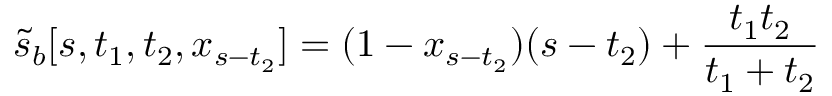
\tilde { s } _ { b } [ s , t _ { 1 } , t _ { 2 } , x _ { s - t _ { 2 } } ] = ( 1 - x _ { s - t _ { 2 } } ) ( s - t _ { 2 } ) + \frac { t _ { 1 } t _ { 2 } } { t _ { 1 } + t _ { 2 } }